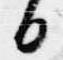
日